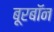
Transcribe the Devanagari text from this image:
बूरबॉन